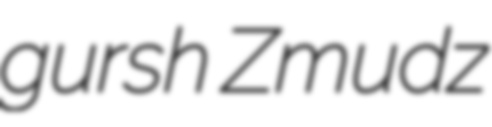
gursh Zmudz